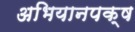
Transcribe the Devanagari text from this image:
अभियानपक्ष